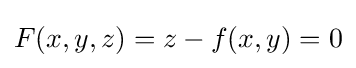
F(x,y,z)=z-f(x,y)=0